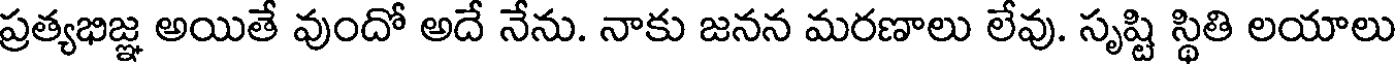
ప్రత్యభిజ్ఞ అయితే వుందో అదే నేను. నాకు జనన మరణాలు లేవు. సృష్టి స్థితి లయాలు